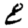
Digit: 8